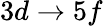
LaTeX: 3d\rightarrow 5f